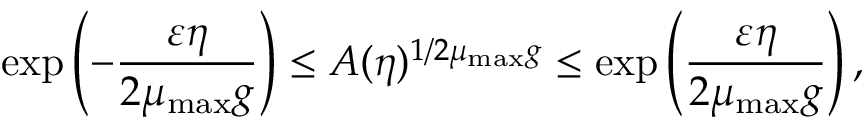
\exp \left( - \frac { \varepsilon \eta } { 2 \mu _ { \mathrm { m a x } } g } \right) \le A ( \eta ) ^ { 1 / 2 \mu _ { \mathrm { m a x } } g } \le \exp \left( \frac { \varepsilon \eta } { 2 \mu _ { \mathrm { m a x } } g } \right) ,